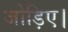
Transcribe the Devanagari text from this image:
जोड़िए।